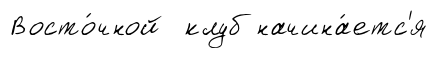
Восто́чной клуб начина́етс'я